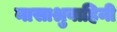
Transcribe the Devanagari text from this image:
नासाश्रुवाहिनी